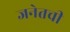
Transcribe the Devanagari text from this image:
जनेतची